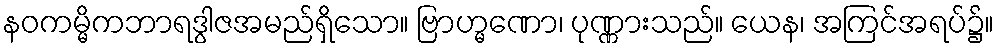
နဝကမ္မိကဘာရဒွါဇအမည်ရှိသော။ ဗြာဟ္မဏော၊ ပုဏ္ဏားသည်။ ယေန၊ အကြင်အရပ်၌။